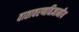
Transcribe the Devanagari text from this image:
वातावरणविज्ञानीय